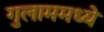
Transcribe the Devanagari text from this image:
गुलाममध्ये